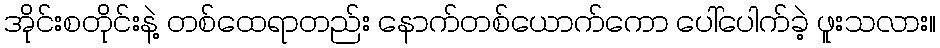
အိုင်းစတိုင်းနဲ့ တစ်ထေရာတည်း နောက်တစ်ယောက်ကော ပေါ်ပေါက်ခဲ့ ဖူးသလား။